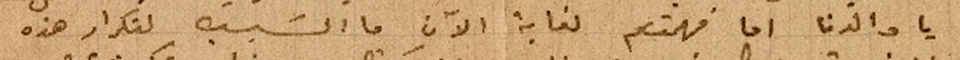
يا والدنا اما فهمتم لغاية الآن ما السًبب لتكرار هذه